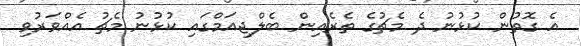
އެ ގޮތުން ކުޅުނު ދެ މެޗުގެ ތެރެއިން ބެލްޖިއަމްގައި ކުޅުނު މެޗު އެއްވަރުވި